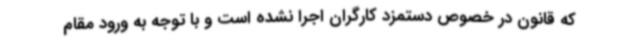
که قانون در خصوص دستمزد کارگران اجرا نشده است و با توجه به ورود مقام